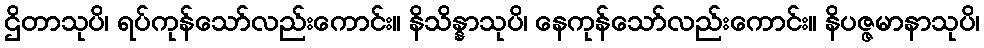
ဌိတာသုပိ၊ ရပ်ကုန်သော်လည်းကောင်း။ နိသိန္နာသုပိ၊ နေကုန်သော်လည်းကောင်း။ နိပဇ္ဇမာနာသုပိ၊